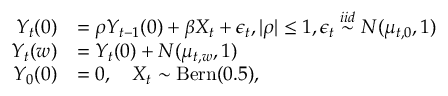
\begin{array} { r l } { Y _ { t } ( 0 ) } & { = \rho Y _ { t - 1 } ( 0 ) + \beta X _ { t } + \epsilon _ { t } , | \rho | \leq 1 , \epsilon _ { t } \overset { i i d } { \sim } N ( \mu _ { t , 0 } , 1 ) } \\ { Y _ { t } ( w ) } & { = Y _ { t } ( 0 ) + N ( \mu _ { t , w } , 1 ) } \\ { Y _ { 0 } ( 0 ) } & { = 0 , \quad X _ { t } \sim \mathrm { B e r n } ( 0 . 5 ) , } \end{array}